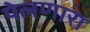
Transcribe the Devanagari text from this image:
पेलणारा